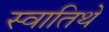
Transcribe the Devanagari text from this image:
स्वातिथे